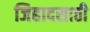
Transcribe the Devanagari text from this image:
जिहादसाठी